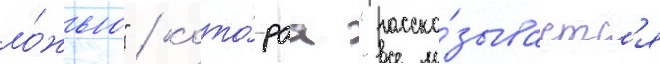
ло́жью" / кото́раа "расска́зываетс'я